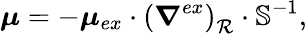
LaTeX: \boldsymbol{\mu}=-\boldsymbol{\mu}_{ex}\cdot\left(\boldsymbol{\nabla}^{ex}\right)_{\mathcal{R}}\cdot\mathbb{S}^{-1},